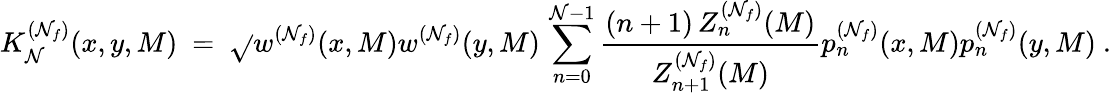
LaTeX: K_{\mathcal{N}}^{(\mathcal{N}_{f})}(x,y,M)\ =\ \sqrt{}{{w^{(\mathcal{N}_{f})}(x,M)w^{(\mathcal{N}_{f})}(y,M)}}\, \sum_{n=0}^{\mathcal{N}-1}\frac{{(n+1)\, Z_{n}^{(\mathcal{N}_{f})}(M)}}{{Z_{n+1}^{(\mathcal{N}_{f})}(M)}}p_{n}^{(\mathcal{N}_{f})}(x,M)p_{n}^{(\mathcal{N}_{f})}(y,M)\ .